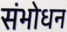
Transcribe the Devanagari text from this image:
संभोधन